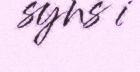
syns i